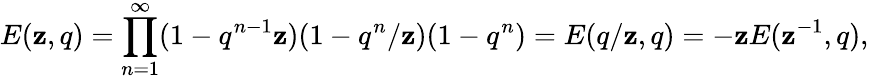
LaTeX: E(\mathbf{z},q)=\prod_{n=1}^{\infty}(1-q^{n-1}\mathbf{z})(1-q^{n}/\mathbf{z})(1-q^{n})=E(q/\mathbf{z},q)=-\mathbf{z}E(\mathbf{z}^{-1},q),